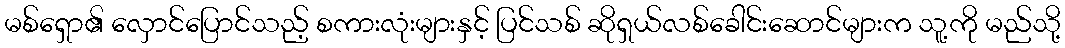
မစ်ရှော၏ လှောင်ပြောင်သည့် စကားလုံးများနှင့် ပြင်သစ် ဆိုရှယ်လစ်ခေါင်းဆောင်များက သူ့ကို မည်သို့